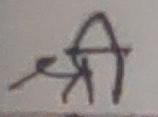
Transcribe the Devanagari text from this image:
श्री